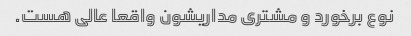
نوع برخورد و مشتری مداریشون واقعا عالی هست.